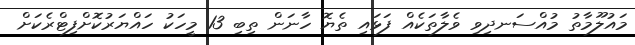
މައުލޫމާތު މުއްސަނދިވި ވެލާތަކެއް ފަޅައި ތެޔޮ ހާނަން ތިބި 13 މީހަކު ހައްޔަރުކޮށްފިޓްރެކަށް